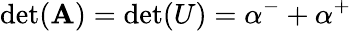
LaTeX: \operatorname*{det}(\mathbf{A})=\operatorname*{det}(U)=\alpha^{-}+\alpha^{+}